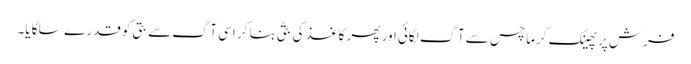
فرش پر پھینک کرماچس سے آگ لگائی اور پھر کاغذ کی بتّی بنا کر اسی آگ سے بتی کو قدرے سلگایا۔